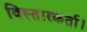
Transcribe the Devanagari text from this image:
विस्तारकर्ता।